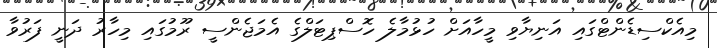
މިއެކްސިޑެންޓްގައި އަނިޔާވި މީހާއަށް ހުޅުމާލެ ހޮސްޕިޓަލްގެ އެމަޖެންސީ ރޫމުގައި މިހާރު ދަނީ ފަރުވާ